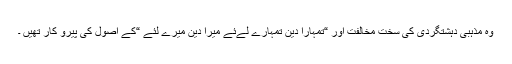
وہ مذہبی دہشتگردی کی سخت مخالفت اور “تمہارا دین تمہارے لےئے میرا دین میرے لئے “کے اصول کی پیرو کار تھیں ۔